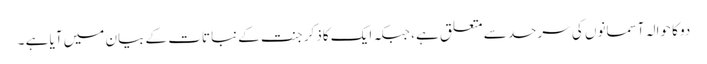
دو کا حوالہ آسمانوں کی سرحد سے متعلق ہے ، جبکہ ایک کاذکر جنت کے نباتات کے بیان میں آیا ہے ۔